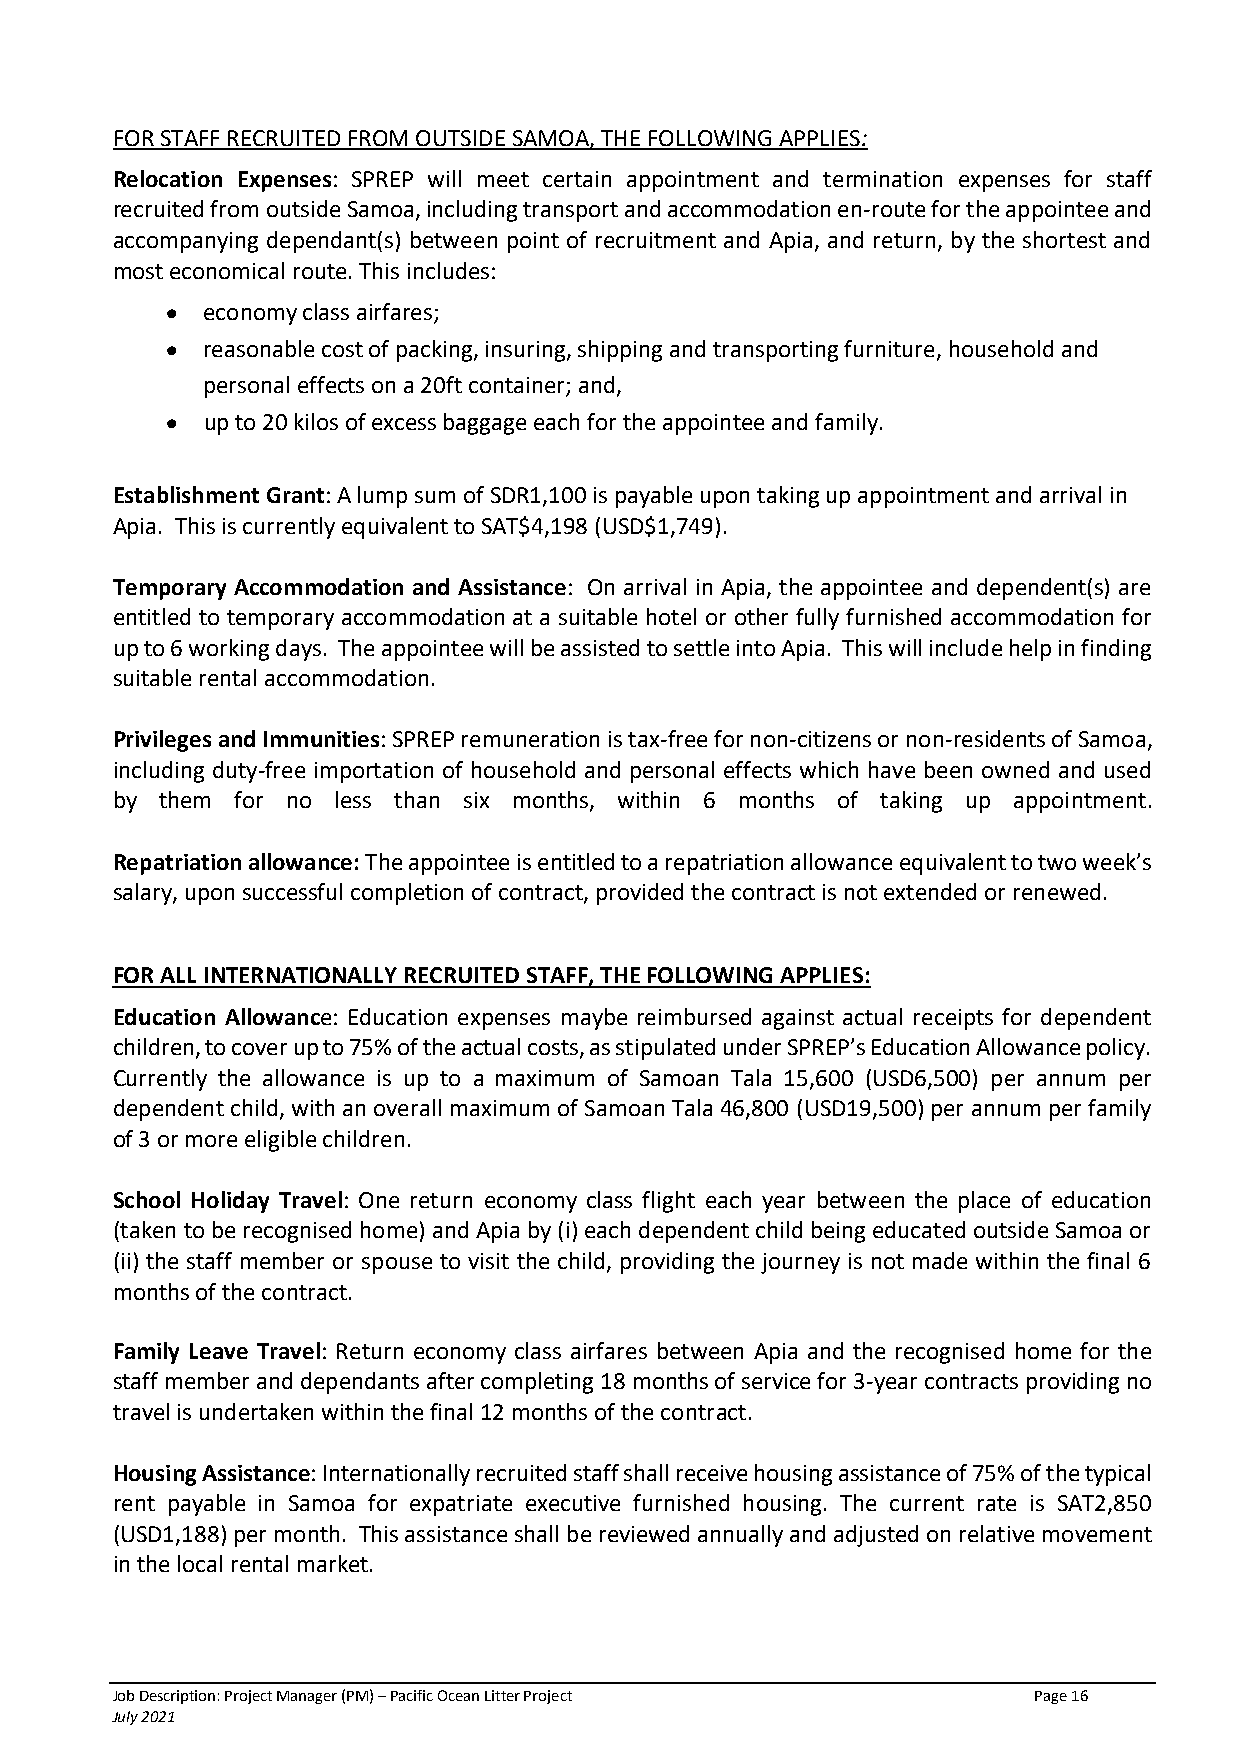
FOR STAFF RECRUITED FROM OUTSIDE SAMOA, THE FOLLOWING APPLIES:
 Relocation Expenses: SPREP will meet certain appointment and termination expenses for staff
 recruited from outside Samoa, including transport and accommodation en-route for the appointee and
 accompanying dependant(s) between point of recruitment and Apia, and return, by the shortest and
 most economical route. This includes:
 • economy class airfares;
 • reasonable cost of packing, insuring, shipping and transporting furniture, household and
 personal effects on a 20ft container; and,
 • up to 20 kilos of excess baggage each for the appointee and family.
 Establishment Grant: A lump sum of SDR1,100 is payable upon taking up appointment and arrival in
 Apia. This is currently equivalent to SAT$4,198 (USD$1,749).
 Temporary Accommodation and Assistance: On arrival in Apia, the appointee and dependent(s) are
 entitled to temporary accommodation at a suitable hotel or other fully furnished accommodation for
 up to 6 working days. The appointee will be assisted to settle into Apia. This will include help in finding
 suitable rental accommodation.
 Privileges and Immunities: SPREP remuneration is tax-free for non-citizens or non-residents of Samoa,
 including duty-free importation of household and personal effects which have been owned and used
 by  them for no less than six months, within 6 months of taking up appointment.
 Repatriation allowance: The appointee is entitled to a repatriation allowance equivalent to two week’s
 salary, upon successful completion of contract, provided the contract is not extended or renewed.
 FOR ALL INTERNATIONALLY RECRUITED STAFF, THE FOLLOWING APPLIES:
 Education Allowance: Education expenses maybe reimbursed against actual receipts for dependent
 children, to cover up to 75% of the actual costs, as stipulated under SPREP’s Education Allowance policy.
 Currently the allowance is up to a maximum of Samoan Tala 15,600 (USD6,500) per annum per
 dependent child, with an overall maximum of Samoan Tala 46,800 (USD19,500) per annum per family
 of 3 or more eligible children.
 School Holiday Travel: One return economy class flight each year between the place of education
 (taken to be recognised home) and Apia by (i) each dependent child being educated outside Samoa or
 (ii) the staff member or spouse to visit the child, providing the journey is not made within the final 6
 months of the contract.
 Family Leave Travel: Return economy class airfares between Apia and the recognised home for the
 staff member and dependants after completing 18 months of service for 3-year contracts providing no
 travel is undertaken within the final 12 months of the contract.
 Housing Assistance: Internationally recruited staff shall receive housing assistance of 75% of the typical
 rent payable in Samoa for expatriate executive furnished housing. The current rate is SAT2,850
 (USD1,188) per month. This assistance shall be reviewed annually and adjusted on relative movement
 in the local rental market.
 Job Description: Project Manager (PM) – Pacific Ocean Litter Project Page 16
 July 2021